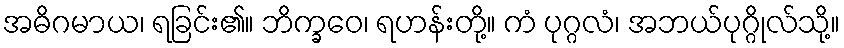
အဓိဂမာယ၊ ရခြင်း၏။ ဘိက္ခဝေ၊ ရဟန်းတို့။ ကံ ပုဂ္ဂလံ၊ အဘယ်ပုဂ္ဂိုလ်သို့။